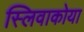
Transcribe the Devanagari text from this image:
स्लिवाकोया